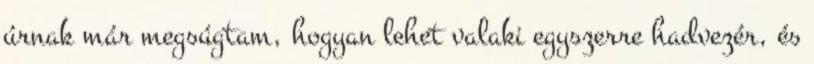
úrnak már megsúgtam, hogyan lehet valaki egyszerre hadvezér, és